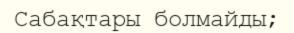
Сабақтары болмайды;